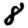
Digit: 8